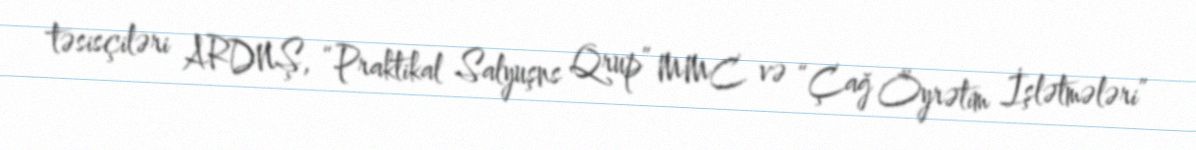
təsisçiləri ARDNŞ, “Praktikal Salyuşns Qrup” MMC və “Çağ Öyrətim İşlətmələri”